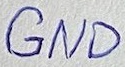
Text: GND